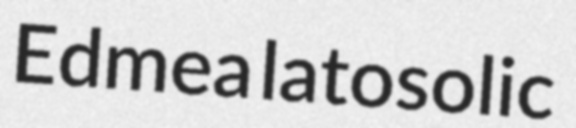
Edmea latosolic